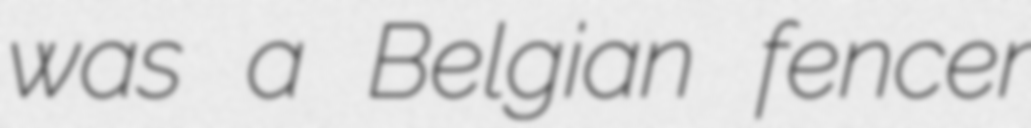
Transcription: was a Belgian fencer